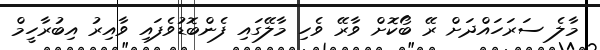
މާލެ ސަރަހައްދަށް ރޭ ބޯކޮށް ވާރޭ ވެހި މާލޭގައި ފެންބޮޑުވެފައި ވާއިރު އިބުރާހީމް